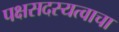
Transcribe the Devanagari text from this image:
पक्षसदस्यत्वाचा